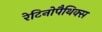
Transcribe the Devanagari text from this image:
रेटिनोपैथिक्स